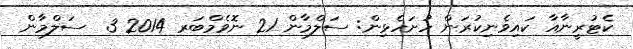
ކެޓުރީނާއާ ކައިވެނިކުރަން ހުށަހެޅިން: ސަލްމާން 21 ނޮވެމްބަރ 2014 3  ސަލްމާން